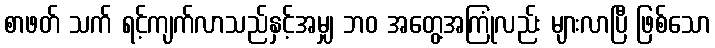
စာဖတ် သက် ရင့်ကျက်လာသည်နှင့်အမျှ ဘဝ အတွေ့အကြုံလည်း များလာပြီ ဖြစ်သော